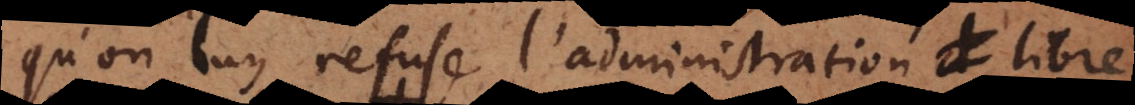
qu’on luy refuse l’administration libre